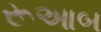
રૂઆબ